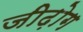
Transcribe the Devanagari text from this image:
जीढ़ोग